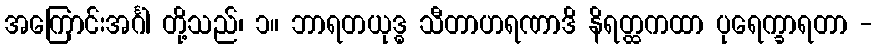
အကြောင်းအင်္ဂါ တို့သည်၊ ၁။ ဘာရတယုဒ္ဓ သီတာဟရဏာဒိ နိရတ္ထကထာ ပုရေက္ခာရတာ -